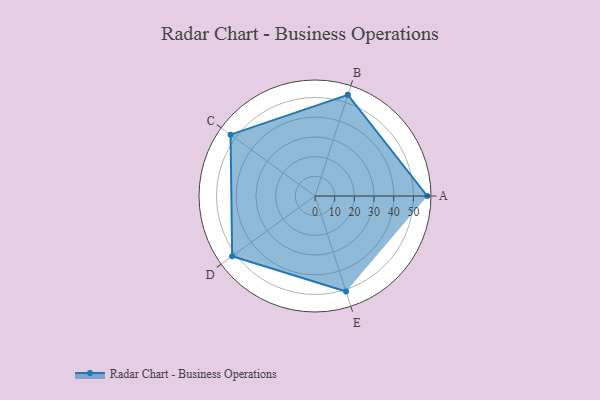
{"axis": {"x": "Skill", "y": "Score"}, "legend": ["Profile"], "data": [{"x": "A", "y": 57.0, "type": "Profile"}, {"x": "B", "y": 54.0, "type": "Profile"}, {"x": "C", "y": 53.0, "type": "Profile"}, {"x": "D", "y": 52.0, "type": "Profile"}, {"x": "E", "y": 51.0, "type": "Profile"}]}